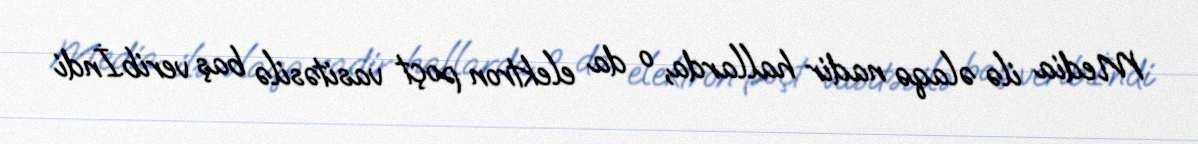
Media ilə əlaqə nadir hallarda, o da elektron poçt vasitəsilə baş verib.İndi